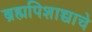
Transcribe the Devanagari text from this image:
ब्रह्मपिशाच्चाचे